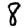
Digit: 8